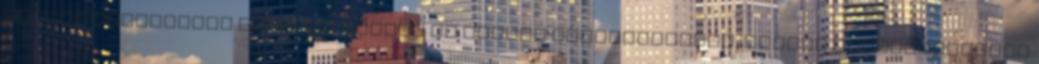
skálán biztosítja konkrét hűtési és fűtési beállításokat, melyek alkalmazkodnak